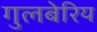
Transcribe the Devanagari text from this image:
गुलबेरिय